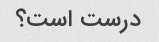
درست است؟